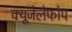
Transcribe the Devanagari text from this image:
क्‍यूजेलेफोप